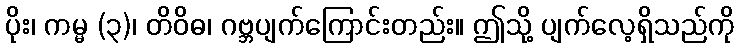
ပိုး၊ ကမ္မ (၃)၊ တိဝိဓ၊ ဂဗ္ဘပျက်ကြောင်းတည်း။ ဤသို့ ပျက်လေ့ရှိသည်ကို